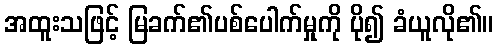
အထူးသဖြင့် မြခက်၏ပစ်ပေါက်မှုကို ပို၍ ခံယူလို၏။